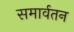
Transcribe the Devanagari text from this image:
समार्वतन